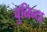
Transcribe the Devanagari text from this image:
चुनिन्‍दा